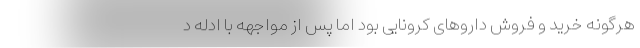
هرگونه خرید و فروش داروهای کرونایی بود اما پس از مواجهه با ادله د